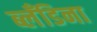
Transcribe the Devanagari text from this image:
ब्लँडिना